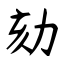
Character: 劾